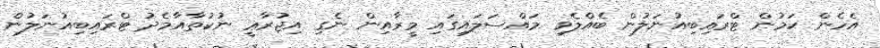
އެހެން ކަމުން ޓްރައިބިއުނަލުން ބެއްލެވި މައްސަލައިގައި މީރާއިން ނެގި އިޖުރާޢީ ނުކުތާއާމެދު ޓްރައިބިއުނަލުން